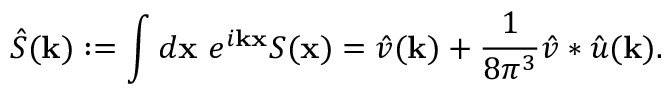
\hat { S } ( \mathbf k ) : = \int d \mathbf x \ e ^ { i \mathbf k \mathbf x } S ( \mathbf x ) = \hat { v } ( \mathbf k ) + \frac 1 { 8 \pi ^ { 3 } } \hat { v } \ast \hat { u } ( \mathbf k ) .